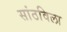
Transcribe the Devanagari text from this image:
सांठविला